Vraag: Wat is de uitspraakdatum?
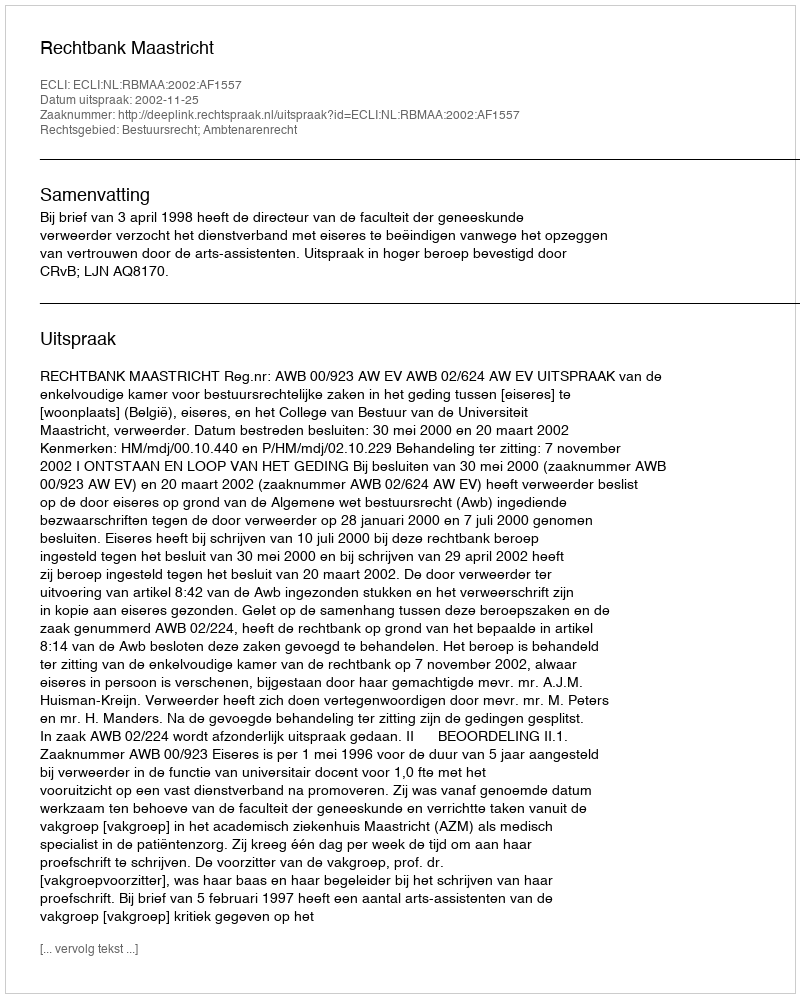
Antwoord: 2002-11-25